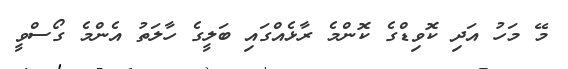
މޭ މަހު އަދި ކޮވިޑްގެ ކޮންމެ ރާޅެއްގައި ބަލީގެ ހާލަތު އެންމެ ގޯސްވީ